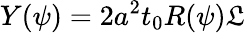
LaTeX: Y(\psi)=2a^{2}t_{0}R(\psi)\mathfrak{L}